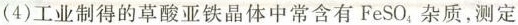
(4)工业制得的草酸亚铁晶体中常含有$$F e S O _ { 4 }$$杂质，测定